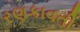
રણકાવતી